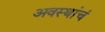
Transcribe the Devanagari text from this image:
अवस्थांचं